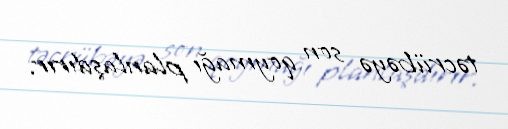
təcrübəyə son qoymağı planlaşdırır.